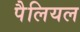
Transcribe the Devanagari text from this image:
पैलियल